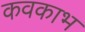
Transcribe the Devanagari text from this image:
कवकाभ